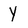
Character: y